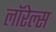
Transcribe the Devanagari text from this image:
लॉरेल्स